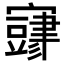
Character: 𫴜